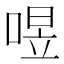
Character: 喅